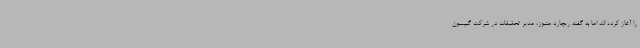
را آغاز کرده اند اما به گفته ریچارد متیوز، مدیر تحقیقات در شرکت گیبسون